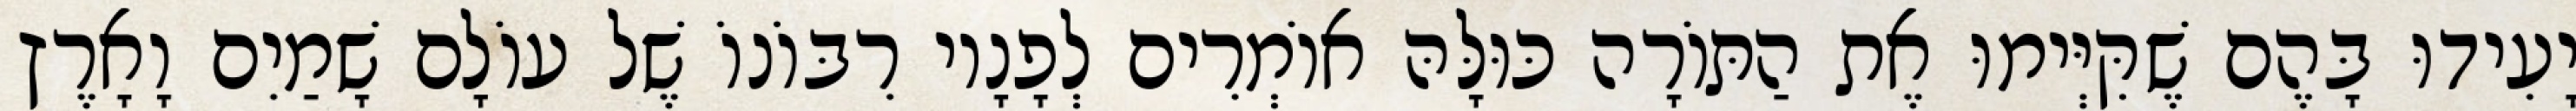
יָעִידוּ בָּהֶם שֶׁקִּיְּימוּ אֶת הַתּוֹרָה כּוּלָּהּ אוֹמְרִים לְפָנָיו רִבּוֹנוֹ שֶׁל עוֹלָם שָׁמַיִם וָאָרֶץ